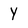
Character: Y